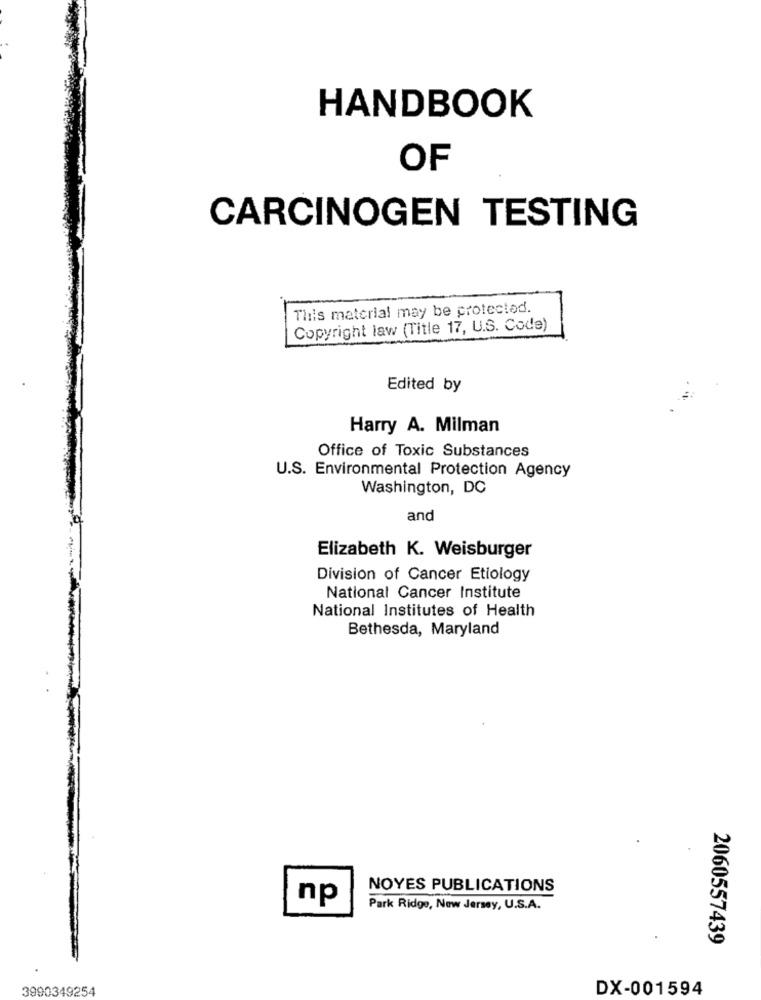
HANDBOOK
OF
CARCINOGEN TESTING
This material may be protected.
Copyright law (Title 17, U.S. Code)
Edited by
Harry A. Milman
Office of Toxic Substances
U.S. Environmental Protection Agency
Washington, DC
and
Elizabeth K. Weisburger
Division of Cancer Etiology
National Cancer Institute
National Institutes of Health
Bethesda, Maryland
NOYES PUBLICATIONS
np
Park Ridge, New Jersey, U.S.A.
2060557439
3990349254
DX-001594